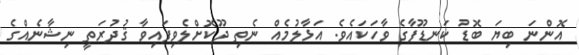
އޮންނަ ބިޔަ ބޮޑު ކަނޑޫފާގެ ވާހަކައެވެ. އަޅާލުމެއް ނެތި ދޫކޮށްލެވިފައިވާ ޤުދުރަތީ ނިޝާނެއްގެ